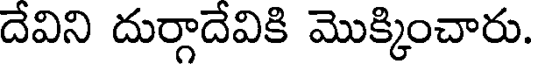
దేవిని దుర్గాదేవికి మొక్కించారు.